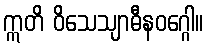
ဣတိ ဝိသေသျာဓီနဝဂ္ဂေါ။